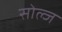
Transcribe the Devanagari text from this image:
सोल्ज